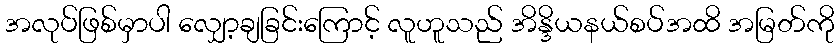
အလုပ်ဖြစ်မှာပါ လျှော့ချခြင်းကြောင့် လူဟူသည် အိန္ဒိယနယ်စပ်အထိ အမြတ်ကို